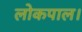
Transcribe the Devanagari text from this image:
लोकपाल।